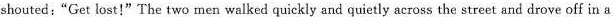
shouted:"Get lost!"T'he two men walked quickly and quietly across the street and drove off in a